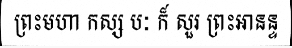
ព្រះមហា កស្ស បៈ ក៏ សួរ ព្រះអានន្ទ